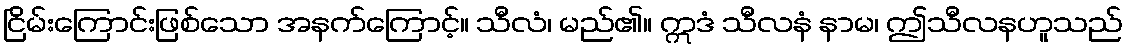
ငြိမ်းကြောင်းဖြစ်သော အနက်ကြောင့်။ သီလံ၊ မည်၏။ ဣဒံ သီလနံ နာမ၊ ဤသီလနဟူသည်